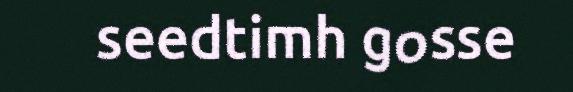
seedtimh gosse